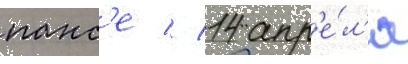
панс'е // 14 апр'е́л'я